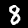
Digit: 8